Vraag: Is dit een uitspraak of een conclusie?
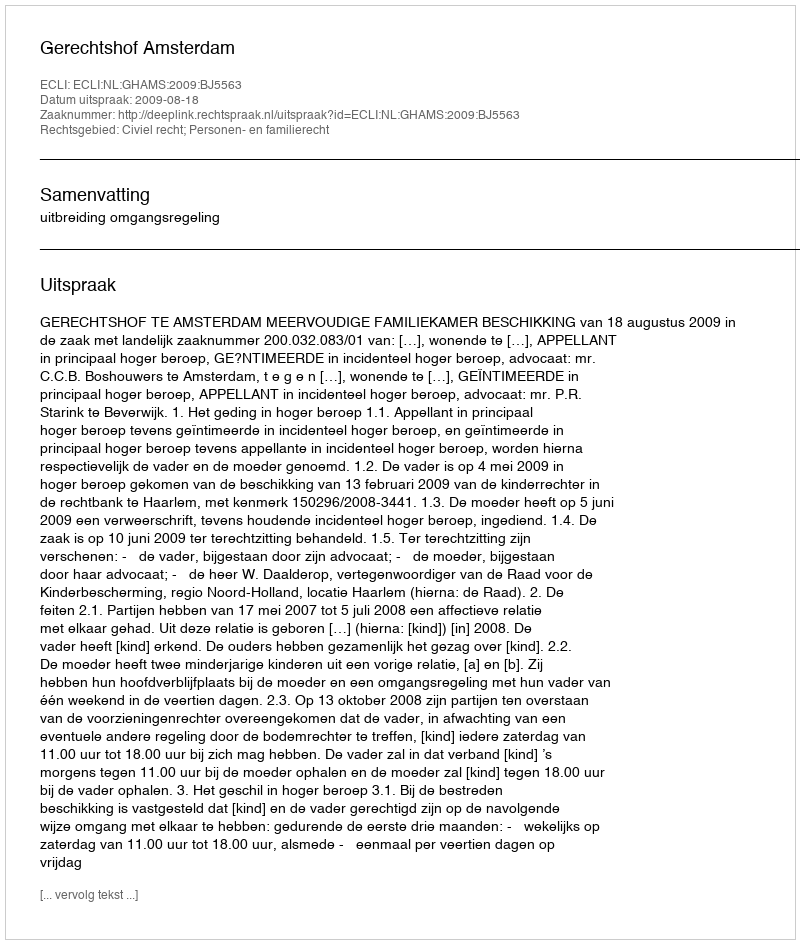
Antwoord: Uitspraak